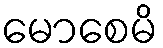
မောစေမိ